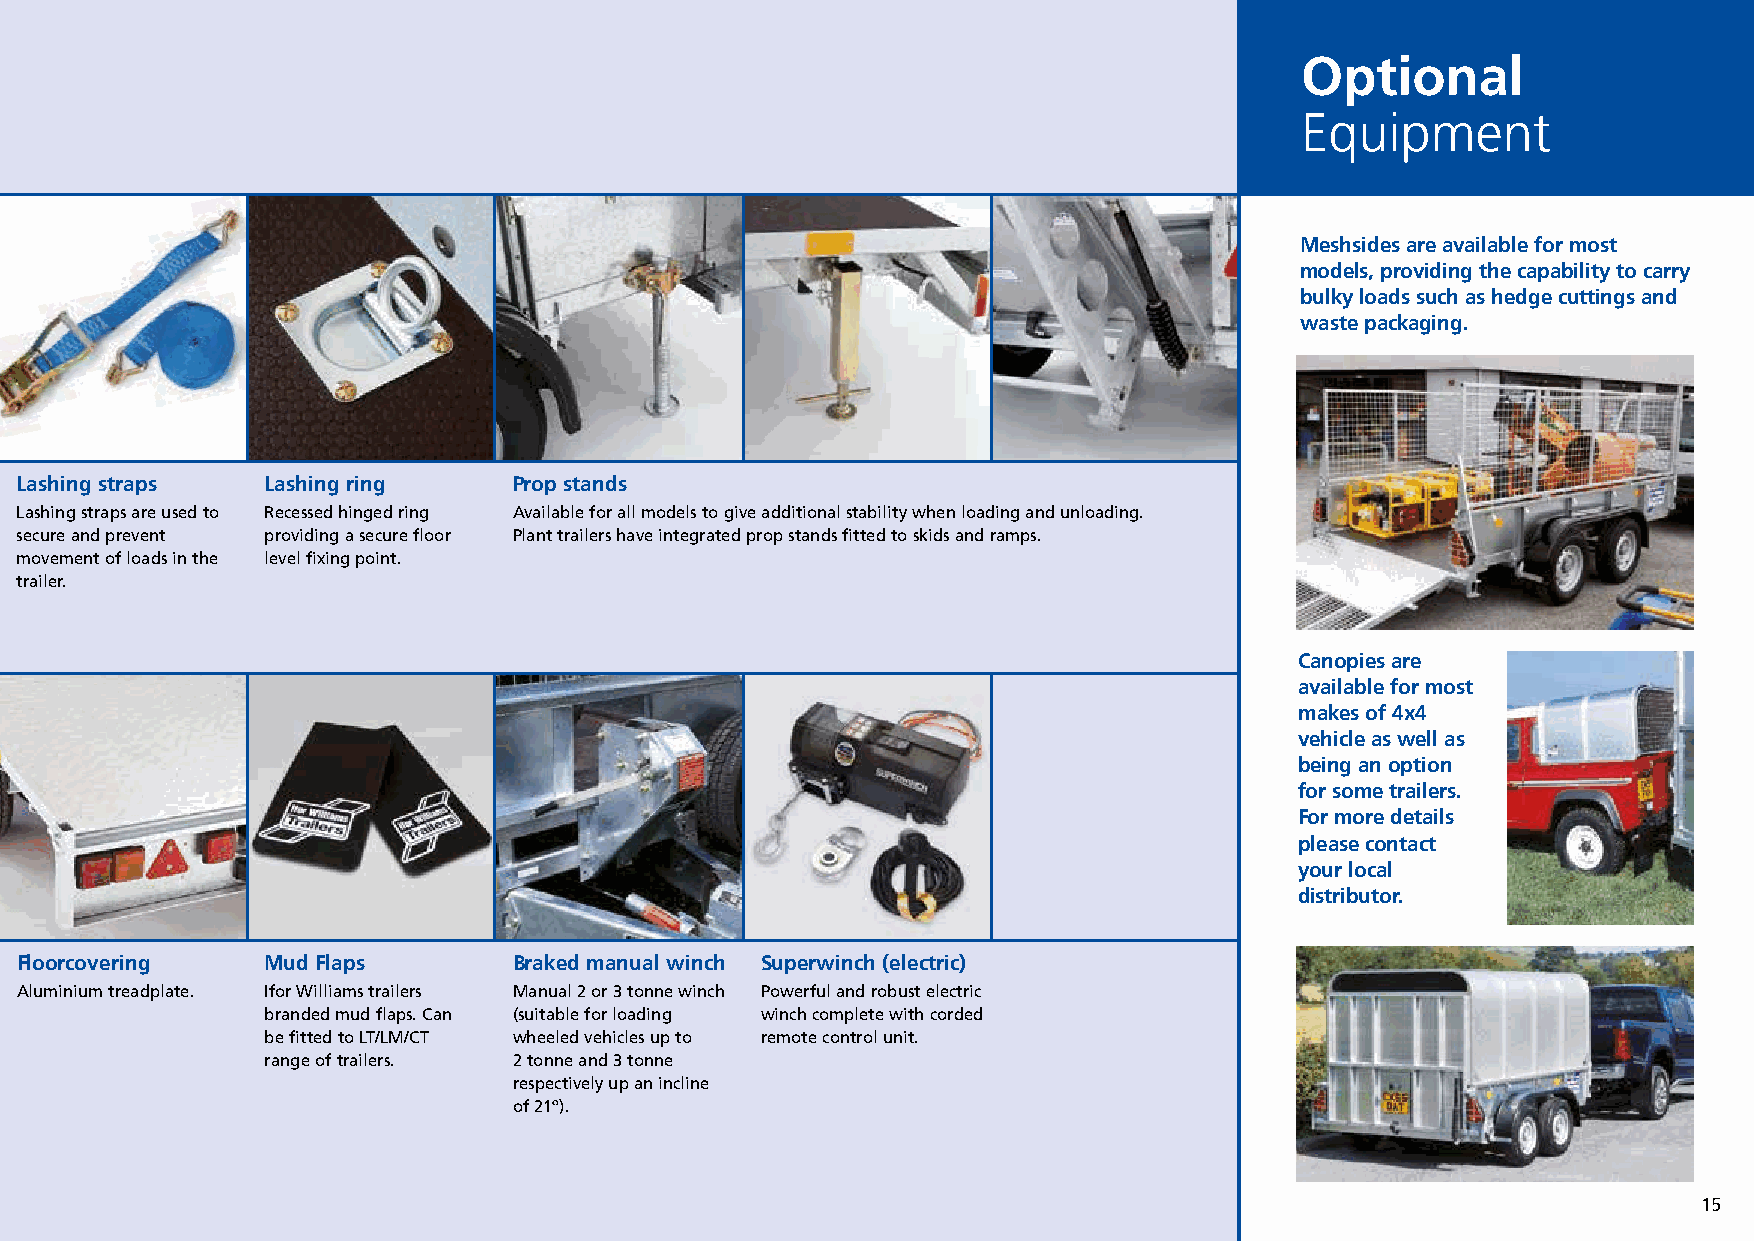
Commercial Brochure 04_12 21/12/15 13:00 Page 15
 Optional
 Equipment
 Meshsides are available for most
 models, providing the capability to carry
 bulky loads such as hedge cuttings and
 waste packaging.
 mp Lashing straps Lashing ring    Prop stands
 are Lashing straps are used to Recessed hinged ring Available for all models to give additional stability when loading and unloading.
 secure and prevent providing a secure floor Plant trailers have integrated prop stands fitted to skids and ramps.
 and movement of loads in the level fixing point.
 trailer.
 Canopies are
 available for most
 makes of 4x4
 vehicle as well as
 being an option
 for some trailers.
 For more details
 please contact
 your local
 distributor.
 Floorcovering    Mud Flaps       Braked manual winch Superwinch (electric)
 Aluminium treadplate. Ifor Williams trailers Manual 2 or 3 tonne winch Powerful and robust electric
 branded mud flaps. Can (suitable for loading winch complete with corded
 be fitted to LT/LM/CT wheeled vehicles up to remote control unit.
 range of trailers. 2 tonne and 3 tonne
 respectively up an incline
 of 21º).
 15